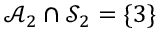
\mathcal { A } _ { 2 } \cap \mathcal { S } _ { 2 } = \{ 3 \}